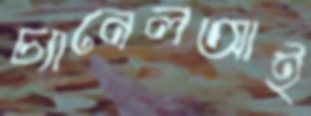
চ্যানেলআই